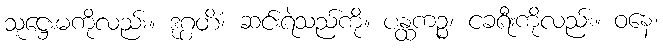
သူဋ္ဌေးမကိုလည်း။ ဒုဂ္ဂတိံ၊ ဆင်းရဲသည်ကို။ ပန္ထကဉ္စ၊ ငခရီးကိုလည်း။ ဝနေ၊